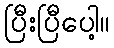
ပြီးပြီပေါ့။